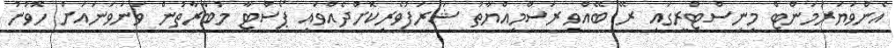
އެންވަޔަރަމަންޓް މިނިސްޓްރީގައި ރޭ ބޭއްވި ރަސްމިއްޔާތު ޝަރަފުވެރިކޮށްދެއްވައި ޕޯސްޓާ މުބާރާތުން ވަނަވަނައަށް ހޮވުނު